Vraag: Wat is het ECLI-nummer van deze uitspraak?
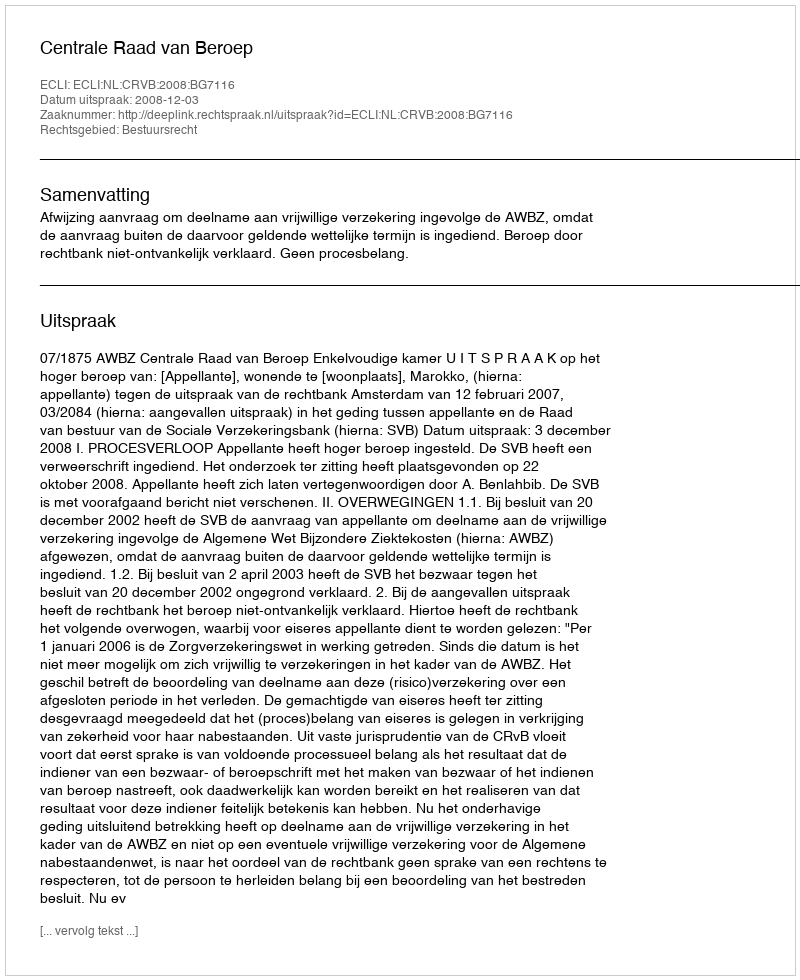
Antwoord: ECLI:NL:CRVB:2008:BG7116